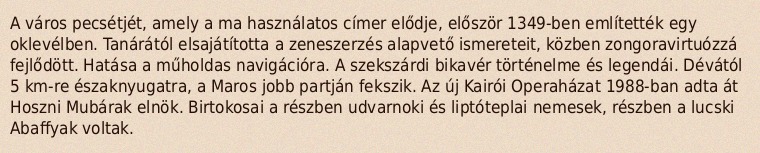
A város pecsétjét, amely a ma használatos címer elődje, először 1349-ben említették egy oklevélben. Tanárától elsajátította a zeneszerzés alapvető ismereteit, közben zongoravirtuózzá fejlődött. Hatása a műholdas navigációra. A szekszárdi bikavér történelme és legendái. Dévától 5 km-re északnyugatra, a Maros jobb partján fekszik. Az új Kairói Operaházat 1988-ban adta át Hoszni Mubárak elnök. Birtokosai a részben udvarnoki és liptóteplai nemesek, részben a lucski Abaffyak voltak.